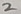
Text: 2